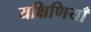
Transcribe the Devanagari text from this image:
यक्षिणियाँ